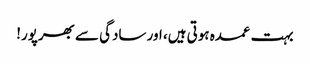
بہت عمدہ ہوتی ہیں، اور سادگی سے بھرپور!